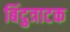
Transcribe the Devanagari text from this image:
बिंदुत्राटक